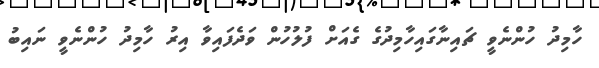
ހާމިދު ހުންނެވީ ޗައިނާގައިހާމިދުގެ ގެއަށް ފުލުހުން ވަދެފައިވާ އިރު ހާމިދު ހުންނެވީ ނައިބު